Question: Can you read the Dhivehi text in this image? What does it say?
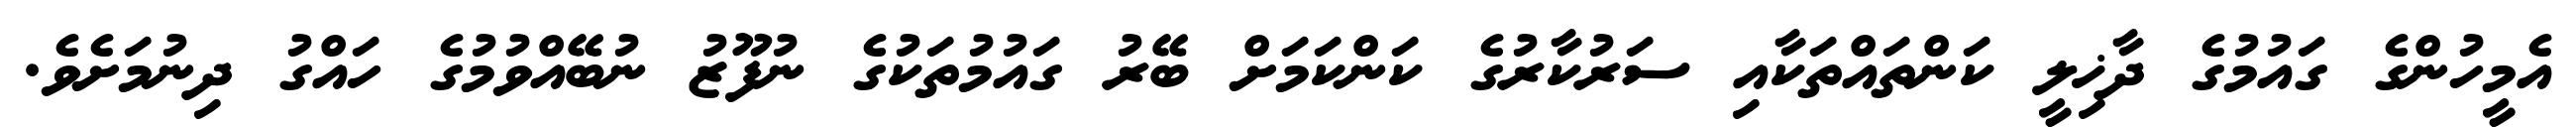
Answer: އެމީހުންގެ ގައުމުގެ ދާޚިލީ ކަންތައްތަކާއި ސަރުކާރުގެ ކަންކަމަށް ބޭރު ގައުމުތަކުގެ ނުފޫޒު ނުބޭއްވުމުގެ ހައްގު ދިނުމަށެވެ.